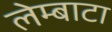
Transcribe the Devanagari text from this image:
लेम्बाटा